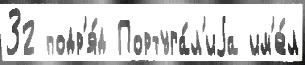
32 подр'я́д Португа́л'иjа им'е́л